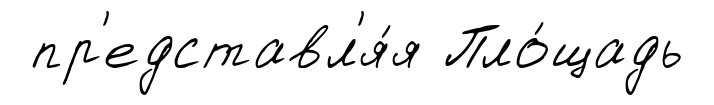
пр'едставл'я́я Пло́щадь